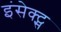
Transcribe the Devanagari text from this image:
इंसेक्ट्स